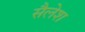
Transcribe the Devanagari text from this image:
सैलेश